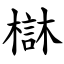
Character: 㯎